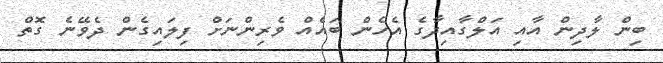
ބިން ލާދިން އާއި އަލްގާއިދާގެ އެހެން ބައެއް ވެރިންނަށް ފިލައިގެން ދެވޭނެ ގޮތް